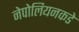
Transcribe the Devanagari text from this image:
नेपोलियनकडे